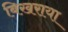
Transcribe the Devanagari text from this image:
बिखराया